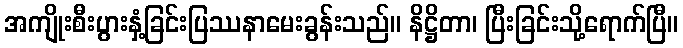
အကျိုးစီးပွားနှံ့ခြင်းပြဿနာမေးခွန်းသည်။ နိဋ္ဌိတာ၊ ပြီးခြင်းသို့ရောက်ပြီ။